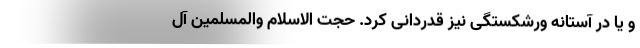
و یا در آستانه ورشکستگی نیز قدردانی کرد. حجت الاسلام والمسلمین آل